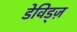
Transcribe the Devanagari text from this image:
डेविड्ज़